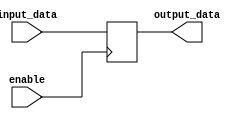
module enable_latch(
  input wire enable,
  input wire input_data,
  output reg output_data
);

always @(posedge enable)
begin
  output_data <= input_data;
end

endmodule